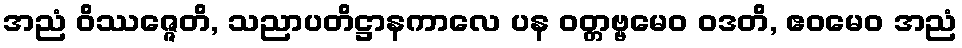
အညံ ဝိဿဇ္ဇေတိ, သညာပတိဋ္ဌာနကာလေ ပန ဝတ္တဗ္ဗမေဝ ဝဒတိ, ဧဝမေဝ အညံ